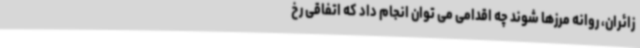
زائران، روانه مرزها شوند چه اقدامی می توان انجام داد که اتفاقی رخ